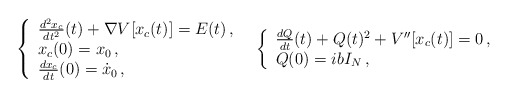
\begin{align*}\begin{array}{ll}\left\lbrace \begin{array}{l}\frac{d^2 x_c}{dt^2}(t)+ \nabla V[x_c(t)]=E(t)\,, \\x_c(0)=x_0\,, \\\frac{dx_c}{dt}(0)=\dot{x}_0\,,\end{array}\right.&\left\lbrace \begin{array}{l}\frac{dQ}{dt}(t) + Q(t)^2 + V''[x_c(t)]=0\,, \\Q(0)=ib I_N\,,\end{array}\right.\end{array}\end{align*}